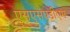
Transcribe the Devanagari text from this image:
एसएसएडीएम